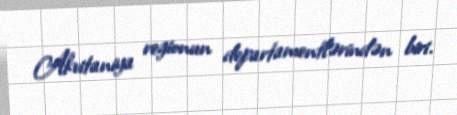
Akvitaniya regionun departamentlərindən biri.